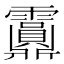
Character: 𩇂